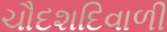
ચૌદશદિવાળી